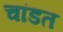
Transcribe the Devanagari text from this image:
चांडत